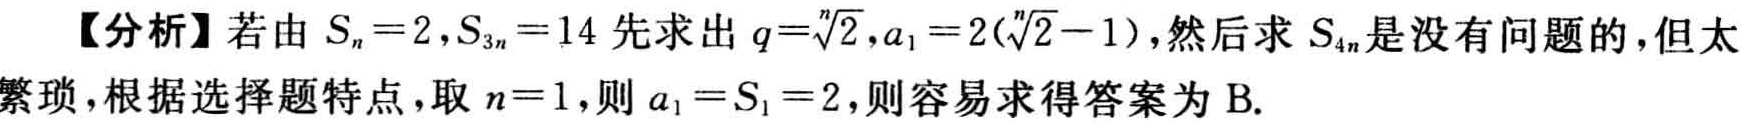
【分析】若由 \(S_{n}=2,S_{3n}=14\) 先求出 \(q = \sqrt[n]{2},a_{1}=2(\sqrt[n]{2}-1)\)，然后求 \(S_{4n}\) 是没有问题的，但太繁琐，根据选择题特点，取 \(n = 1\)，则 \(a_{1}=S_{1}=2\)，则容易求得答案为 B.